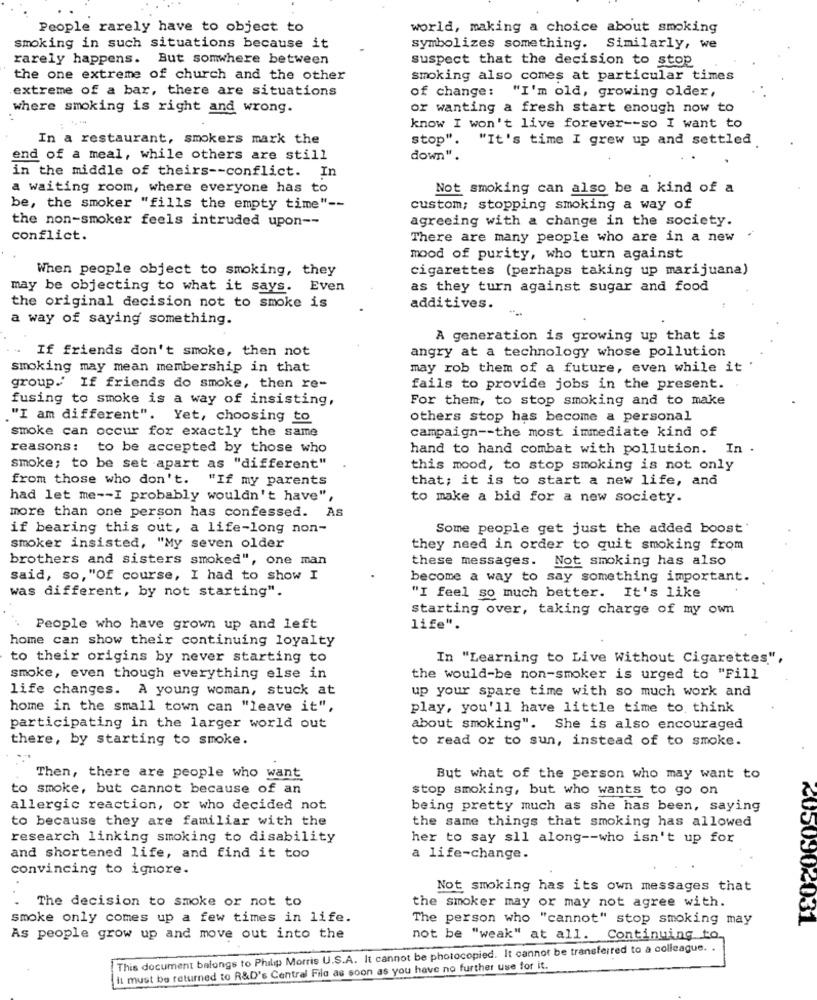
People rarely have to object to
world, making a choice about smoking
smoking in such situations because it
symbolizes something. Similarly, we
rarely happens. But somwhere between
suspect that the decision to stop
the one extreme of church and the other
smoking also comes at particular times
extreme of a bar, there are situations
of change: "I'm old, growing older,
where smoking is right and wrong.
or wanting a fresh start enough now to
know I won't live forever -- so I want to
In a restaurant, smokers mark the
stop". "It's time I grew up and settled
end of a meal, while others are still
down".
in the middle of theirs -- conflict. In
a waiting room, where everyone has to
Not smoking can also be a kind of a
be, the smoker "fills the empty time" --
custom; stopping smoking a way of
the non-smoker feels intruded upon --
agreeing with a change in the society.
conflict.
There are many people who are in a new
mood of purity, who turn against
When people object to smoking, they
cigarettes (perhaps taking up marijuana)
may be objecting to what it says. Even
as they turn against sugar and food
the original decision not to smoke is
additives.
-
a way of saying something.
A generation is growing up that is
-
If friends don't smoke, then not
angry at a technology whose pollution
smoking may mean membership in that
may rob them of a future, even while it
group.' If friends do smoke, then re-
fails to provide jobs in the present.
fusing to smoke is a way of insisting,
For them, to stop smoking and to make
."I am different". Yet, choosing to
others stop has become a personal
smoke can occur for exactly the same
campaign -- the most immediate kind of
reasons: to be accepted by those who
hand to hand combat with pollution. In .
smoke; to be set apart as "different"
this mood, to stop smoking is not only
from those who don't. "If my parents
that; it is to start a new life, and
had let me -- I probably wouldn't have",
to make a bid for a new society.
more than one person has confessed. As
if bearing this out, a life-long non-
Some people get just the added boost.
smoker insisted, "My seven older
they need in order to quit smoking from
brothers and sisters smoked", one man
these messages. Not smoking has also
said, so, "Of course, I had to show I
become a way to say something important.
was different, by not starting".
"I feel so much better. It's like
starting over, taking charge of my own
People who have grown up and left
life".
home can show their continuing loyalty
to their origins by never starting to
In "Learning to Live Without Cigarettes",
smoke, even though everything else in
the would-be non-smoker is urged to "Fill
life changes. A young woman, stuck at
up your spare time with so much work and
home in the small town can "leave it",
play, you'll have little time to think
participating in the larger world out
about smoking". She is also encouraged
there, by starting to smoke.
to read or to sun, instead of to smoke.
Then, there are people who want
But what of the person who may want to
to smoke, but cannot because of an
stop smoking, but who wants to go on
allergic reaction, or who decided not
being pretty much as she has been, saying
to because they are familiar with the
the same things that smoking has allowed
research linking smoking to disability
her to say sll along -- who isn't up for
and shortened life, and find it too
a life-change.
convincing to ignore.
Not smoking has its own messages that
The decision to smoke or not to
.
the smoker may or may not agree with.
smoke only comes up a few times in life.
The person who "cannot" stop smoking may
2050902031
As people grow up and move out into the
not be "weak" at all. Continuing to.
This document balongs to Philip Morris U.S.A. It cannot be photocopied. It cannot be transferred to a colleague. .
It must be returned to R&D's Central File as soon as you have no further use for it.